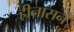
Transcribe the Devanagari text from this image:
हीनासनं